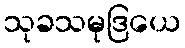
သုခသမုဒြယေ